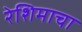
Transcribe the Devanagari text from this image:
रेशिमाचा